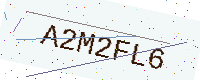
Text: A2M2FL6